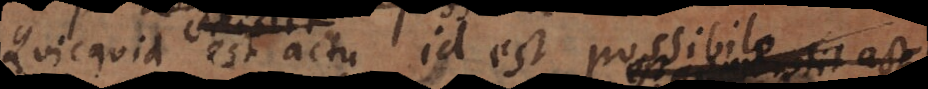
existit est actu, id est possibile. Nam